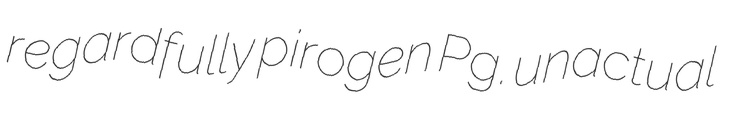
regardfully pirogen Pg. unactual